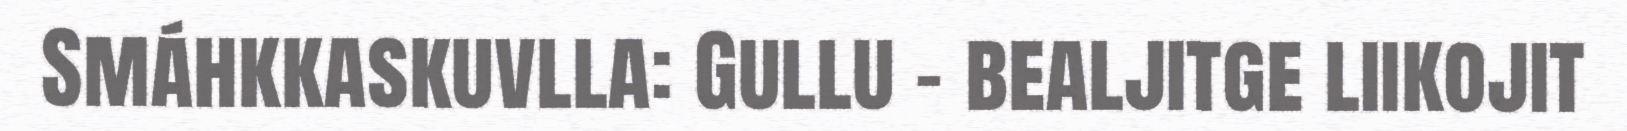
Smáhkkaskuvlla: Gullu – bealjitge liikojit